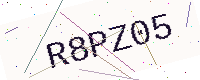
Text: R8PZ05